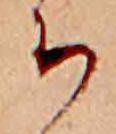
ち